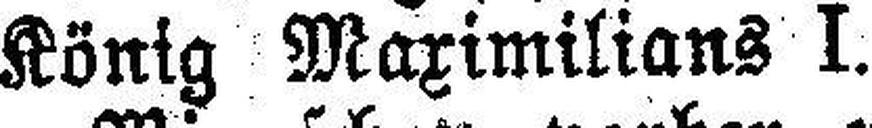
König Maximilians I.